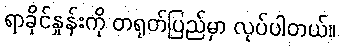
ရာခိုင်နှုန်းကို တရုတ်ပြည်မှာ လုပ်ပါတယ်။